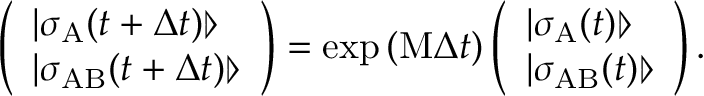
\left( \begin{array} { l } { | \sigma _ { \mathrm { A } } ( t + \Delta t ) \rrangle } \\ { | \sigma _ { \mathrm { A B } } ( t + \Delta t ) \rrangle } \end{array} \right) = \exp { ( \mathrm { M } \Delta t ) } \left( \begin{array} { l } { | \sigma _ { \mathrm { A } } ( t ) \rrangle } \\ { | \sigma _ { \mathrm { A B } } ( t ) \rrangle } \end{array} \right) .